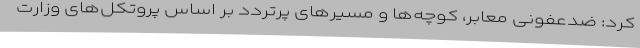
کرد: ضدعفونی معابر، کوچه‌ها و مسیرهای پرتردد بر اساس پروتکل‌های وزارت